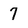
Character: 7